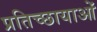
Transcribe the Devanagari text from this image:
प्रतिच्छायाओं